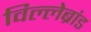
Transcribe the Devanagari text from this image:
विल्लेब्रांड